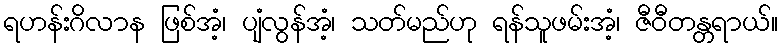
ရဟန်းဂိလာန ဖြစ်အံ့၊ ပျံလွန်အံ့၊ သတ်မည်ဟု ရန်သူဖမ်းအံ့၊ ဇီဝီတန္တရာယ်။